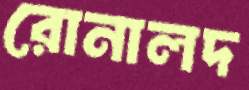
রোনালদ